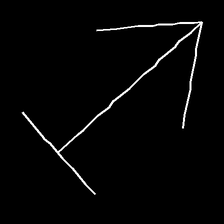
Glyph: levitation